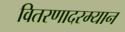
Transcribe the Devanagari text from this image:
वितरणादरम्यान